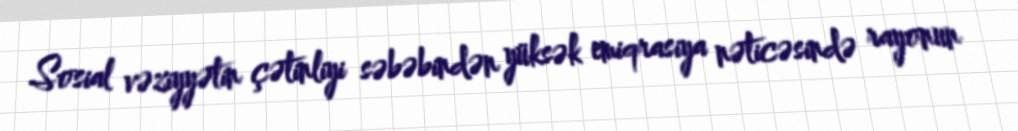
Sosial vəziyyətin çətinliyi səbəbindən yüksək emiqrasiya nəticəsində rayonun